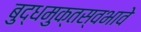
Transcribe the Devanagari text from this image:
बुद्धमुक्तस्वभावे